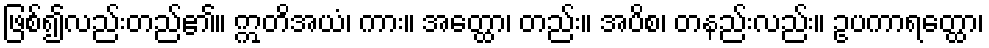
ဖြစ်၍လည်းတည်၏။ ဣတိအယံ၊ ကား။ အတ္ထော၊ တည်း။ အပိစ၊ တနည်းလည်း။ ဥပကာရတ္ထော၊